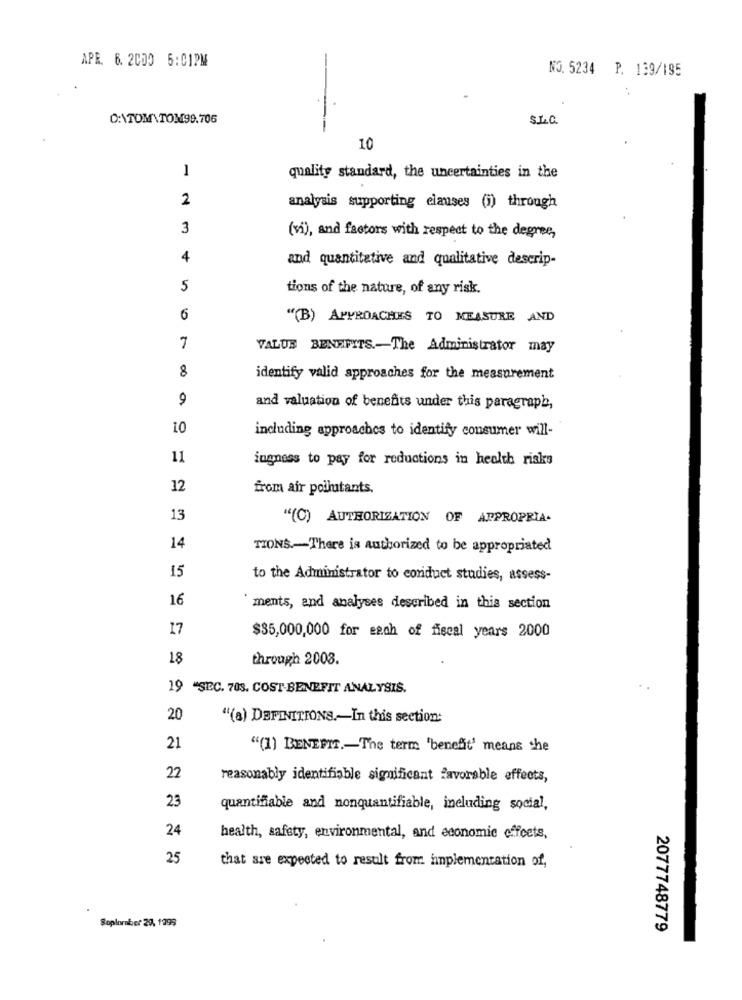
APR. 6. 2000 5:01PM
NO. 5234 P. 139/195
D:\TOM TOM99.706
S.L.C.
--
10
1
quality standard, the uncertainties in the
2
analysis supporting elauses (i) through
3
(vi), and factors with respect to the degree,
4
and quantitative and qualitative descrip-
5
tions of the nature, of any risk.
6
"(B) APPROACHES TO MEASURE AND
7
VALUS BENEFITS .- The Administrator may
8
identify valid approaches for the measurement
9
and valuation of benefits under this paragraph,
10
including approaches to identify consumer will-
11
ingness to pay for reductions in health risks
12
from air pollutants.
13
"(C) AUTHORIZATION OF APPROPRIA-
14
TIONS-There is authorized to be appropriated
15
to the Administrator to conduct studies, assess-
16
ments, and analyses described in this section
17
$35,000,000 for each of fiscal years 2000
18
through 2003.
19 "SEC. 70s. COST-BENEFIT ANALYSIS.
20
"(a) DEFINITIONS .- In this section:
21
"(1) BENEFIT .- The term 'benefit' means che
22
reasonably identifiable significant favorable effects,
23
quantifiable and nonquantifiable, including social,
24
health, safety, environmental, and economic offcets,
25
that are expected to result from implementation of,
Soplomber 29, 1799
2077748779